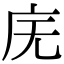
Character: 庑